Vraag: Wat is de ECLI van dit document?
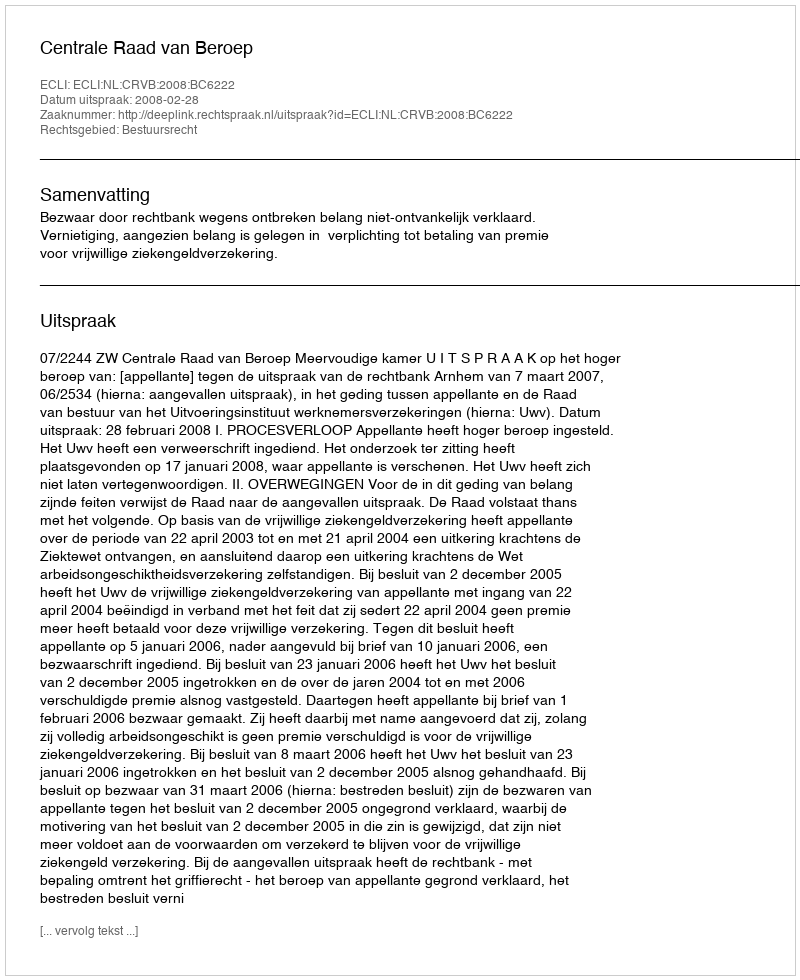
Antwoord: ECLI:NL:CRVB:2008:BC6222